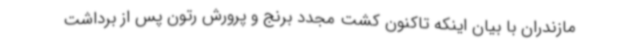
مازندران با بیان اینکه تاکنون کشت مجدد برنج و پرورش رتون پس از برداشت